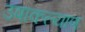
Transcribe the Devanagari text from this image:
उषाकल्याण